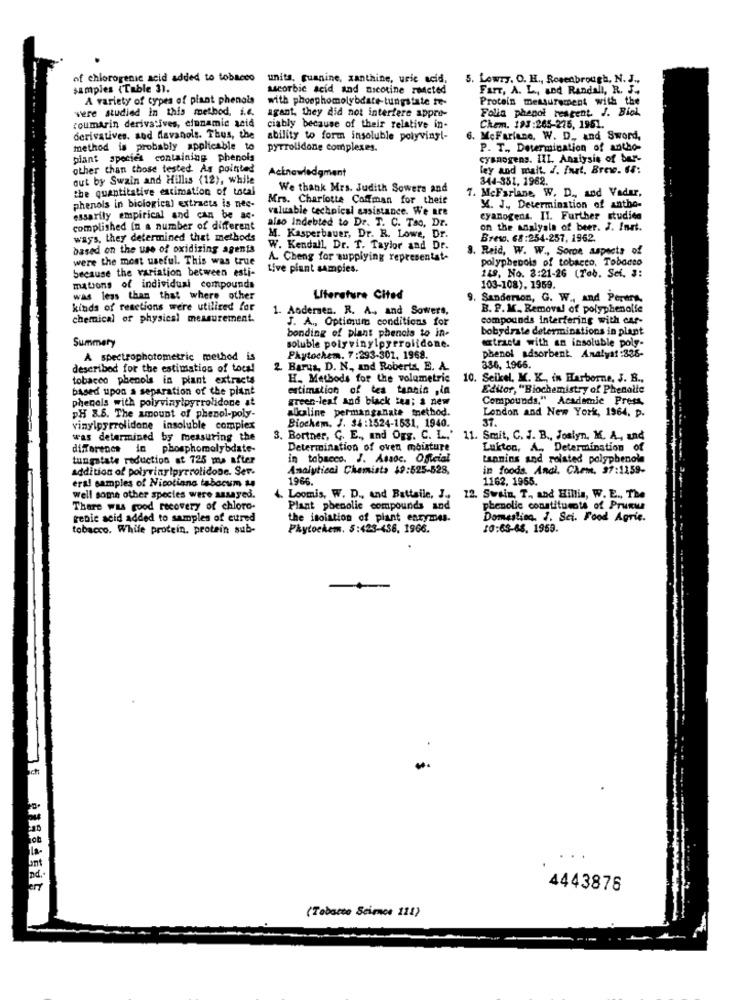
of chlorogenic acid added to tobacco
units, guanine, xanthine, uric acid,
5. Lowry. O. H ., Rosenbrough, N. J .,
samples (Table 31.
ascorbic acid and nicotine reacted
Farr, A. L ., and Randall, R. F .,
A variety of types of plant phenols
with phosphomolybdate-tungstate fr-
Protein measurement with the
were studied in this method, i.e.
Folia phenol reagent. J. Biol
agant. they did not interfere appro-
coumarin derivatives, cinnamic acid
ciably because of their relative in-
Chem. 193:265-275, 1951.
derivatives. sud flavanole. Thus, the
ability to form insoluble polyvinyl-
6. McFarlane, W. D ., and Sword,
method is probably applicable to
pyrrolidone complexes.
P. T ., Determination of antho-
plant species containing phenols
cyanogens. III. Analysis of bar-
other than those tested As pointed
Acknowledgment
ley and wait. I. Inst, Brew. 64:
out by Swain and Hills (12), while
344-381, 1962.
the quantitative estimation of total
We thank Mrs. Judith Sowers and
Mrs. Charlotte Coffman for theit
7. McFarlane, W. D ., and Vader,
phenols in biological extracts is nee-
valuable technical assistance. We are
X. J ., Determination of antho-
essarily empirical and can be ac.
cyanogens. II. Further studies
complished In a number of different
also Indebted to Dr. T. C. Tao, Dr.
on the analysis of beer. J. Inrt.
ways, they determined that methods
M. Kasperbauer, Dr. R. Lowe, Dr.
Brew. 68 :254-257, 1962.
based on the use of oxidizing agents
W. Kendall, Dr. T. Taylor and Dr.
8. Reid, W. W ., Sorbe aspects of
were the most useful. This was true
A. Cheng for supplying representat-
polyphenols of tobacco. Tobacco
because the variation between esti-
Live plant samples.
149, No. 3:21-26 (Tab. Sei. #:
mations of individual compounds
103-108). 1959.
was less than that where other
Literature Cited
9. Sanderson, G. W ., and Pertra.
kinds of reactions were utilized for
1. Andersen. R. A ., and Sowere,
B. P. M. Removal of polyphenolfe
chemical of physical measurement.
J. A ., Optimum conditions for
compounds interfering with car-
bonding of plant phenols to in-
bobydrate determinations in plant
Summary
extracts with an insoluble poly-
soluble polyvinylpyrrolidone.
A spectrophotometric method is
Phytochem. 7:293-301, 1968.
phenol adsorbent. Analyaf :336-
described for the estimation of toca!
2. Barus, D. N ., and Roberts, E. A.
336, 1966.
tobacco phenols in plant extracts
H. Methods for the volumetric
10. Seikel. K. K ., in Harborne, J. B .,
based upon a separation of the plant
estimation of tea tannin ,in
Editor, "Biochemistry of Phenolic
phenols with polyvinylpyrrolidone at
green-leaf and black tea; a new
Compounds," Academic Press,
aluline permanganate method.
London and New York, 1964, p.
DH 8.6. The amount of phenol-poly-
ST.
vinylpyrrolidone insoluble complex
Biochem, J. 34:1524-1531, 1940.
was determined by measuring the
3. Bortner, C. E ., and Ogg. C. L.' 11. Smit, C. J. B ., Joslyn, M. A ., and
differenes in phosphomolybdate-
Determination of oven moisture
Lukton, A ., Determination of
tungstate reduction at 725 ms after
in tobacco. J. Assoc. Oficial
tannins and rolsted polyphenol
addition of polyvinylpyrrolidone. Ser.
Analytical Chemists 49:525-528,
in foods. Andi. Chem, 37:1159-
1966.
1162, 1965.
eral samples of Nicotiana tabacum
well some other species were assayed.
4. Loomis, W. D ., and Battaile, J ., 12. Swain, T ., and Hillis, W. E ., The
There was good recovery of chloro-
Plant phenolic compounds and
phenolic constituents of Prunus
renic acid added to samples of eured
the isolation of plant entymes.
Domestica, J. Set. Food Aprie.
tobacco. While protein, protein sub-
Phytockem. 5:423-456, 1966.
10:63-68. 1969.
Ich
4443876
(Tobacco Science 111)